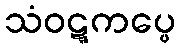
သံဝဋ္ဋကပ္ပေ